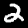
Digit: 2